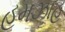
હમઝાહ